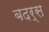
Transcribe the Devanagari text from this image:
बदर्स